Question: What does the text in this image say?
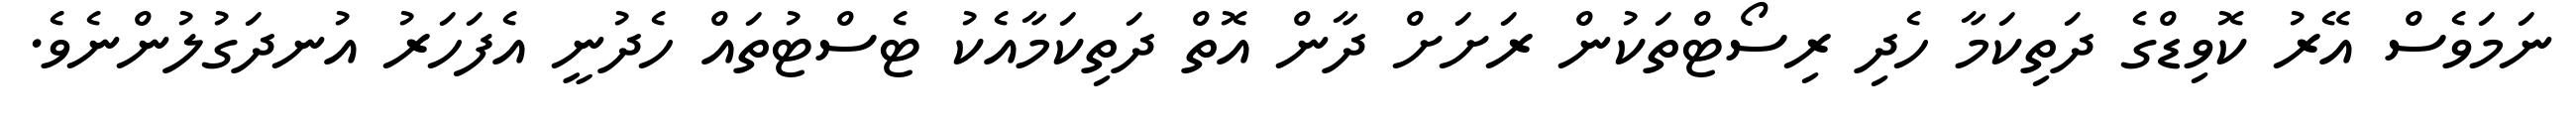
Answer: ނަމަވެސް އޭރު ކޮވިޑްގެ ދަތިކަމާ ހެދި ރިސޯޓްތަކުން ރަށަށް ދާން އޮތް ދަތިކަމާއެކު ޓެސްޓުތައް ހެދުނީ އެފަހަރު އުނދަގުލުންނެވެ.